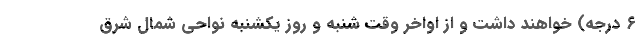
۶ درجه) خواهند داشت و از اواخر وقت شنبه و روز یکشنبه نواحی شمال شرق